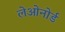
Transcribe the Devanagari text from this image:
लेओनोर्ड